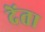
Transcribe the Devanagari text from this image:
देंता